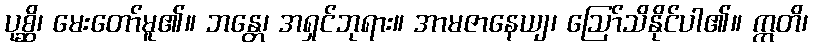
ပုစ္ဆိ၊ မေးတော်မူ၏။ ဘန္တေ၊ အရှင်ဘုရား။ အာမဇာနေယျ၊ ဩော်သိနိုင်ပါ၏။ ဣတိ၊